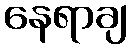
နေရာချ